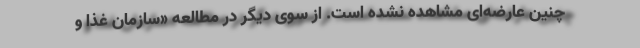
چنین عارضه‌ای مشاهده نشده است. از سوی دیگر در مطالعه «سازمان غذا و